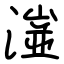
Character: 潂